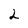
Character: 2